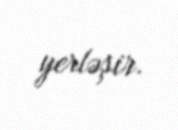
yerləşir.